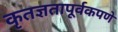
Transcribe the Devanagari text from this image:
कृतज्ञतापूर्वकपणे